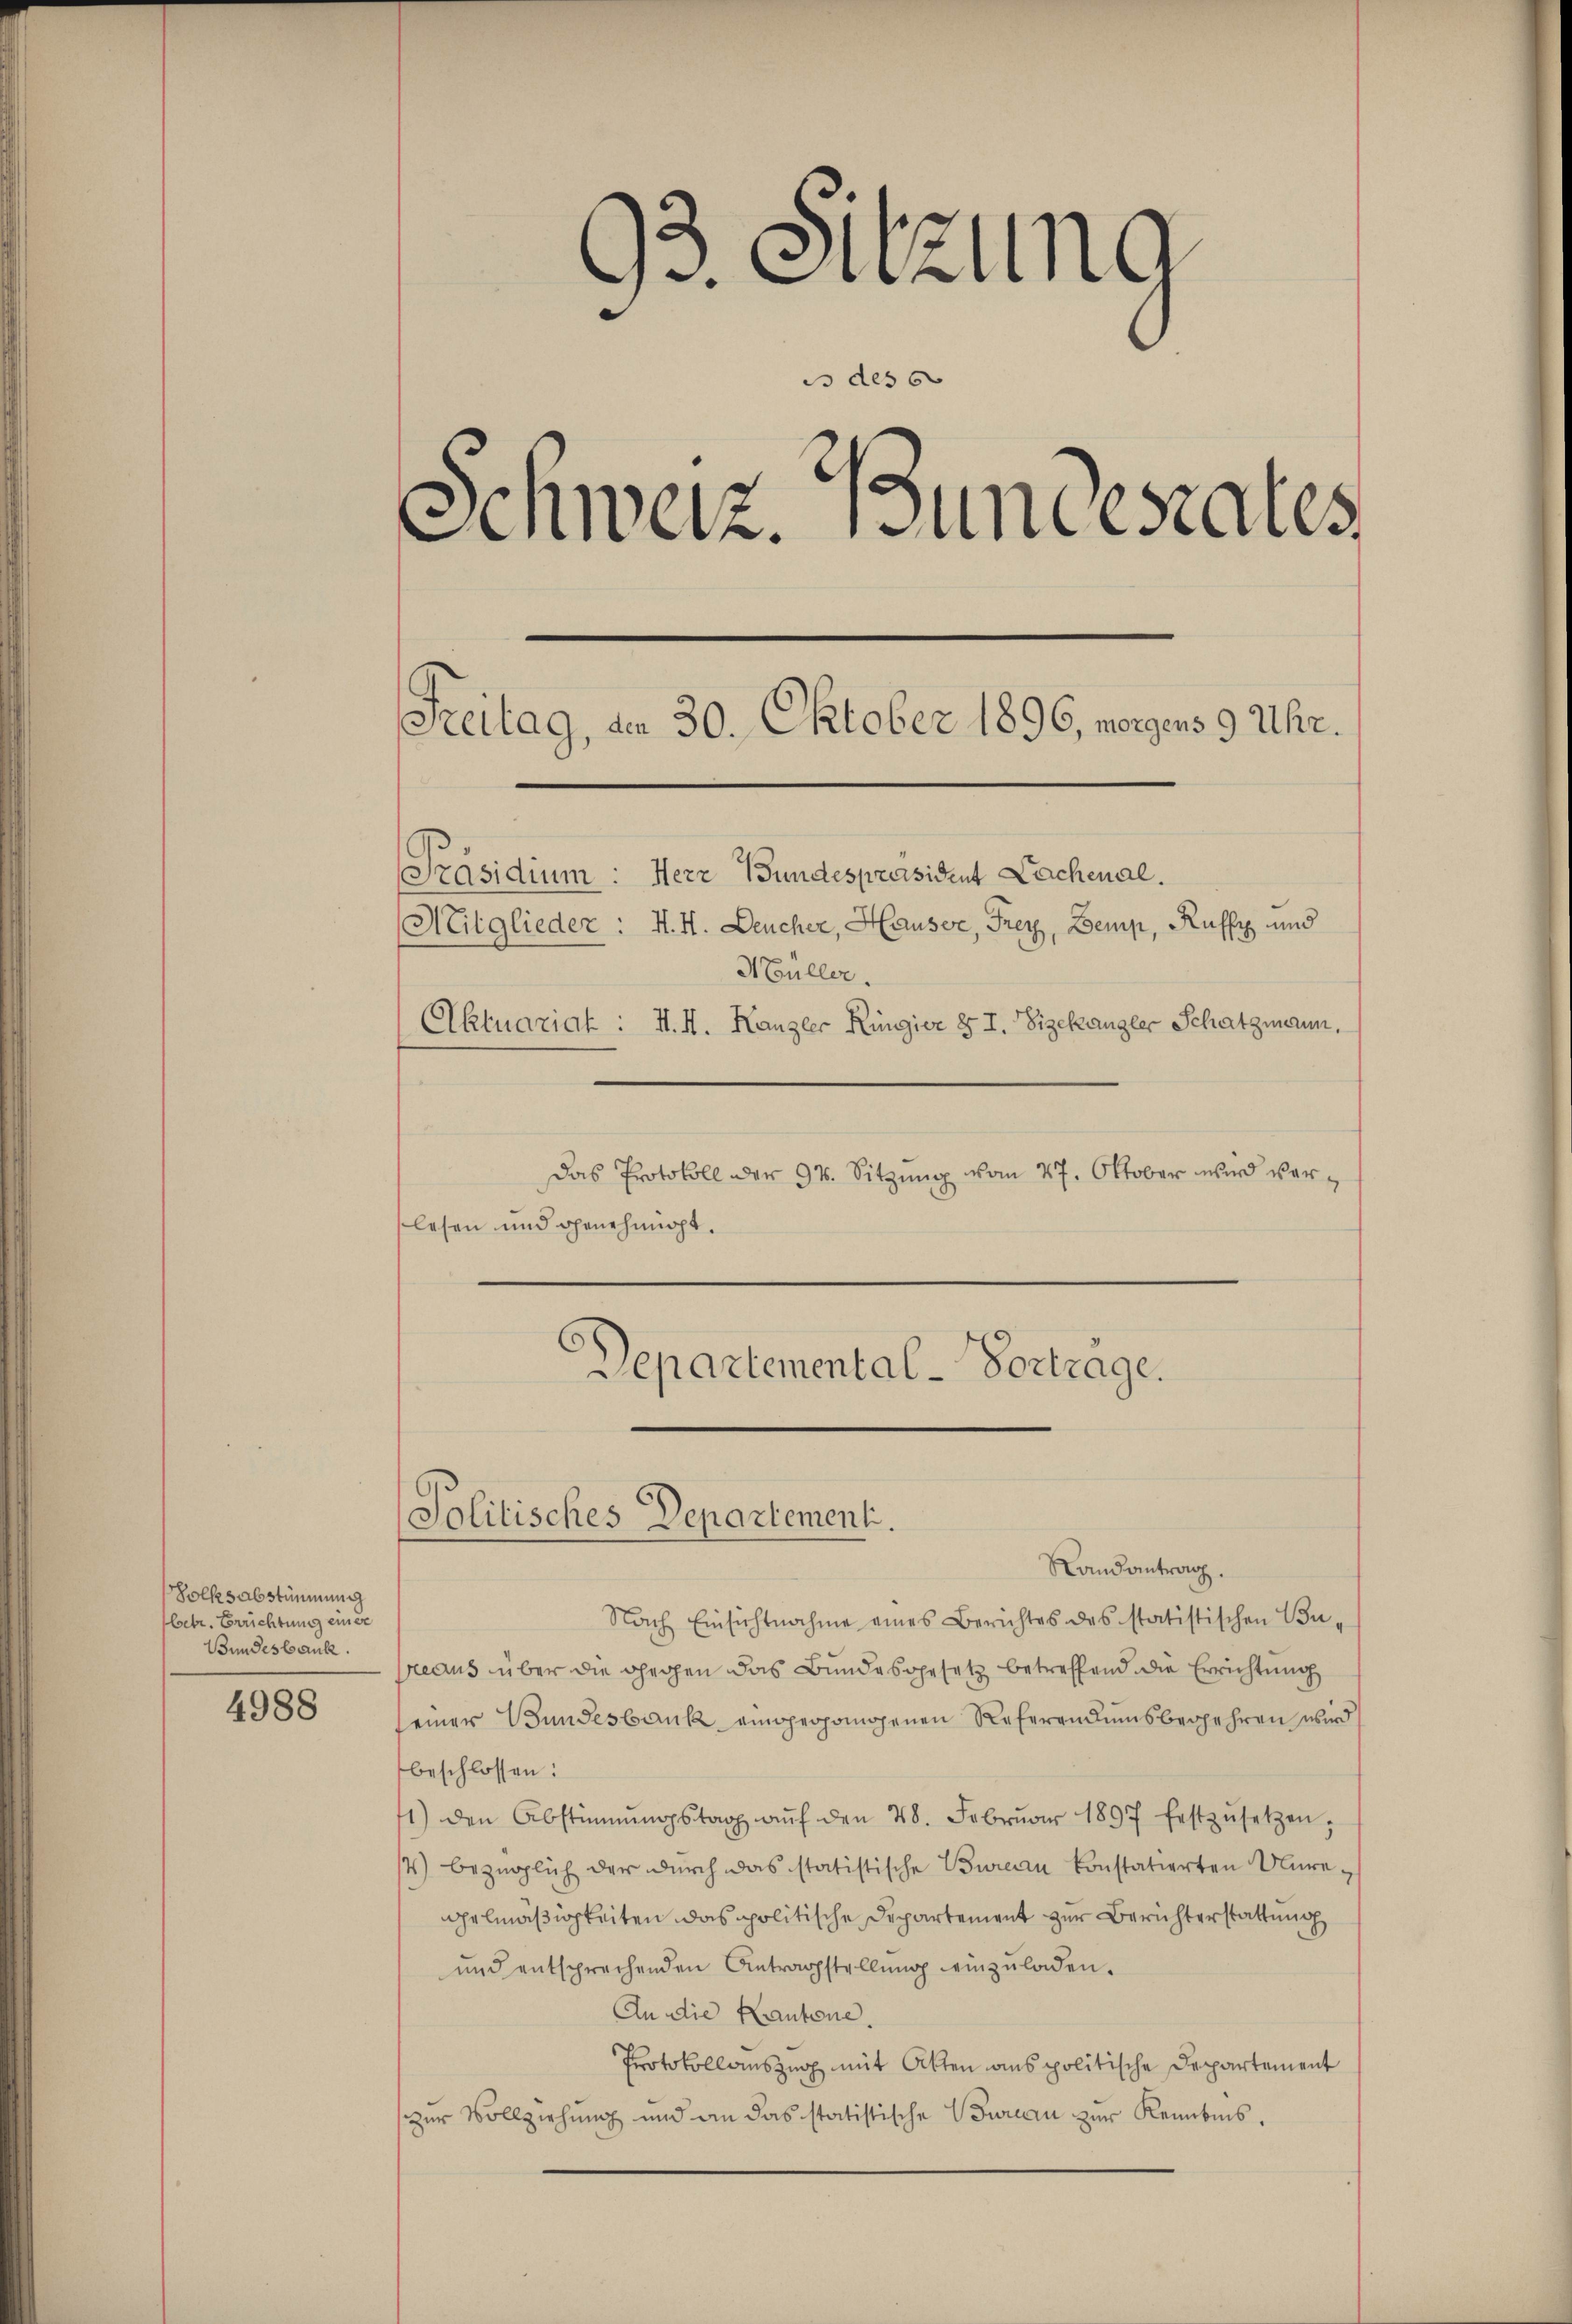
Volksabstimmung
betr. Errichtung einer
Bundesbank.

4988

93. Sitzung
is des 6
Schweiz. Bundesrates
Freitag, den 30. Oktober 1896, morgens 9 Uhr.
Präsidium: Herr Bundespräsident Lachenal.
Mitglieder: H. H. Deucher, Hauser, Frey, Demp, Ruffz und
Müller.
Aktuariat : H. H. Kanzler Ringier § I. Vizekangler Schatzmann,

Das Protokoll der 94. Sitzung vom 27. Oktober wird verlesen und genehmigt.

Departemental-Vortrage.

Politisches Departement.
Randantrag.

Nach Einsichtnahme eines Berichtes des statistischen Bureaus über die gegen das Bundesgesetz betreffend die Errichtung
seiner Bundesbank eingegangenen Referendumsbegehren wird
beschlossen:
1) den Abstimmungstag aŭf den 28. Febrŭar 1897 festzŭsetzen.
st) bezüglich der durch das statistische Bureau konstatierten Alegelmäßigkeiten das politische Departement zur Berichterstattung
und entsprechenden Antragstellung einzuladen.
An die Kantone.
Protokollauszug mit Akten aus politische Departement
zur Vollziehung und an das statistische Bureau zur Kenntnis.